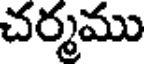
చర్మము